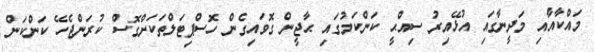
މައްކާއާއި މަދީނާގައި އުޅޭއިރު ސިއްޙީ ކަންކަމުގައި ޙާޖީން ގޮވައިގެން ހޮސްޕިޓަލްތަކަށްގޮސް ކުރަންޖެހޭ ކަންކަން